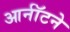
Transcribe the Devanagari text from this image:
आर्नॉटने